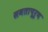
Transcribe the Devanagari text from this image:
समतापूर्ण